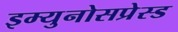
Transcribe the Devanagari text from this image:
इम्युनोसप्रेस्ड